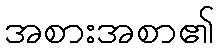
အစားအစာ၏